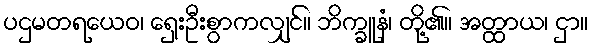
ပဌမတရယေဝ၊ ရှေးဦးစွာကလျှင်။ ဘိက္ခူနံ၊ တို့၏။ အတ္ထာယ၊ ငှာ။